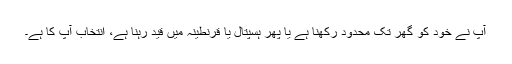
آپ نے خود کو گھر تک محدود رکھنا ہے یا پھر ہسپتال یا قرنطینہ میں قید رہنا ہے، انتخاب آپ کا ہے۔